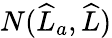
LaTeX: N(\widehat{L}_{a},\widehat{L})